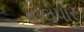
વાલપોર